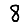
Digit: 8